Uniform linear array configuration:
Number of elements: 12
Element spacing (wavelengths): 0.5
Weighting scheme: blackman
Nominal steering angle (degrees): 0
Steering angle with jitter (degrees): -1.75
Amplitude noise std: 0.05
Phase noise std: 0.05

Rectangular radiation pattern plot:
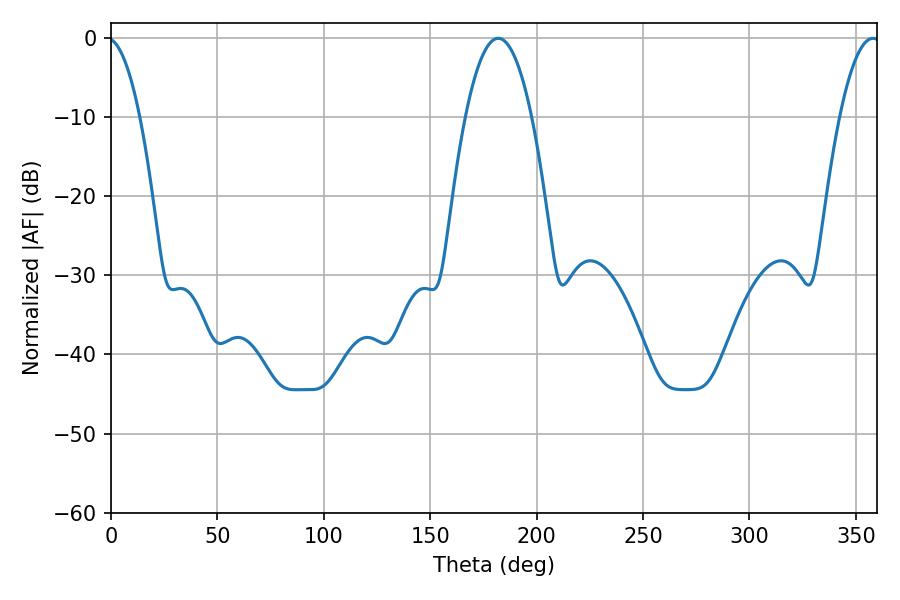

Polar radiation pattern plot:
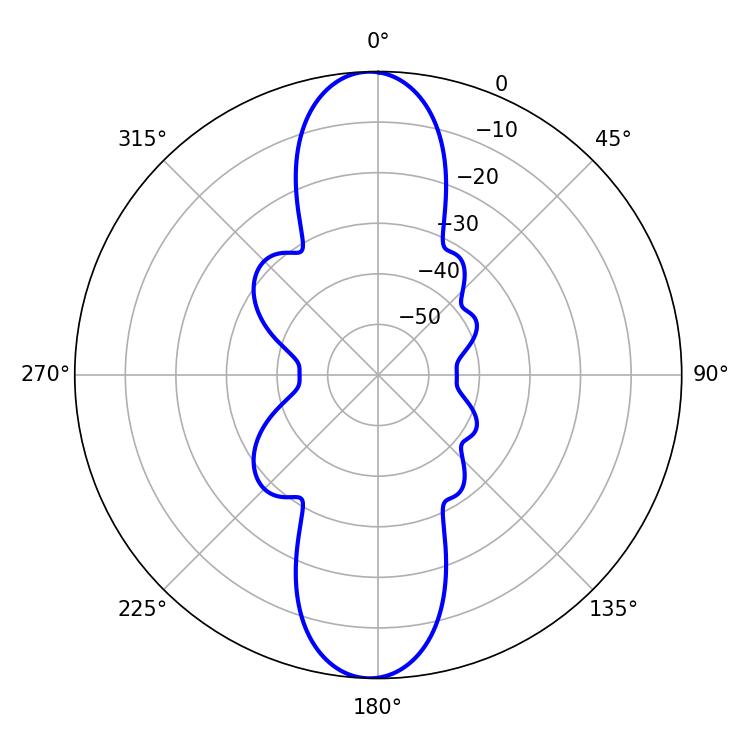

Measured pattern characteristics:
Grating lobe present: FALSE
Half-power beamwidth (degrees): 17.28
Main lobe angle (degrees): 181.98